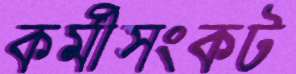
কর্মীসংকট